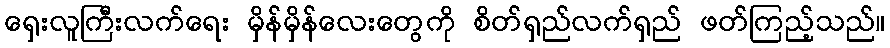
ရှေးလူကြီးလက်ရေး မှိန်မှိန်လေးတွေကို စိတ်ရှည်လက်ရှည် ဖတ်ကြည့်သည်။